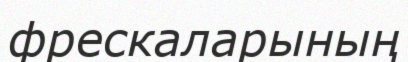
фрескаларының